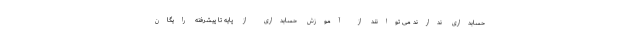
حسابداری ندارند می توانند از آموزش حسابداری از پایه تا پیشرفته رایگان